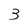
Character: 3